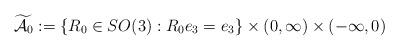
LaTeX: \begin{align*} \widetilde{\mathcal{A}_0}& := \left\{ R_0 \in SO(3): R_0 e_3=e_3 \right\} \times (0,\infty)\times \left(-\infty, 0\right) \end{align*}